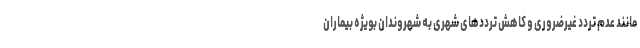
مانند عدم تردد غیرضروری و کاهش ترددهای شهری به شهروندان بویژه بیماران